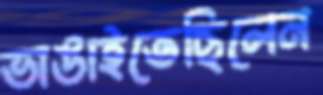
ভাঙাইতেছিলেন